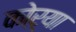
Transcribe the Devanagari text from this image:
कोऱ्‍या